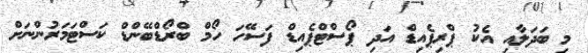
މި ބަދަލާއި އެކު ޕްރިޕެއިޑް އަދި ޕޯސްޓްޕެއިޑް ފަސޭހަ ހޯމް ބްރޯޑްބޭންޑް ކަސްޓަމަރުންނަށް